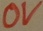
Text: 0V